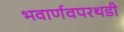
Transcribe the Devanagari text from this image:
भवार्णवपरथडी